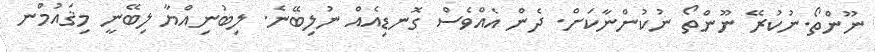
ނޫންތޯ.ނުކުރޭ ނޫންތޯ ނުކުންނާކަށް. ދެން އެއްވެސް ގޮނޑިއެއް ނުލިބޭނެ. ލިބުނިއްޔާ ލިބޭނީ މިޤައުމުްނ